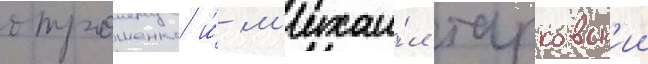
отрошенко и́ м'ихаи́л тарковск'ии